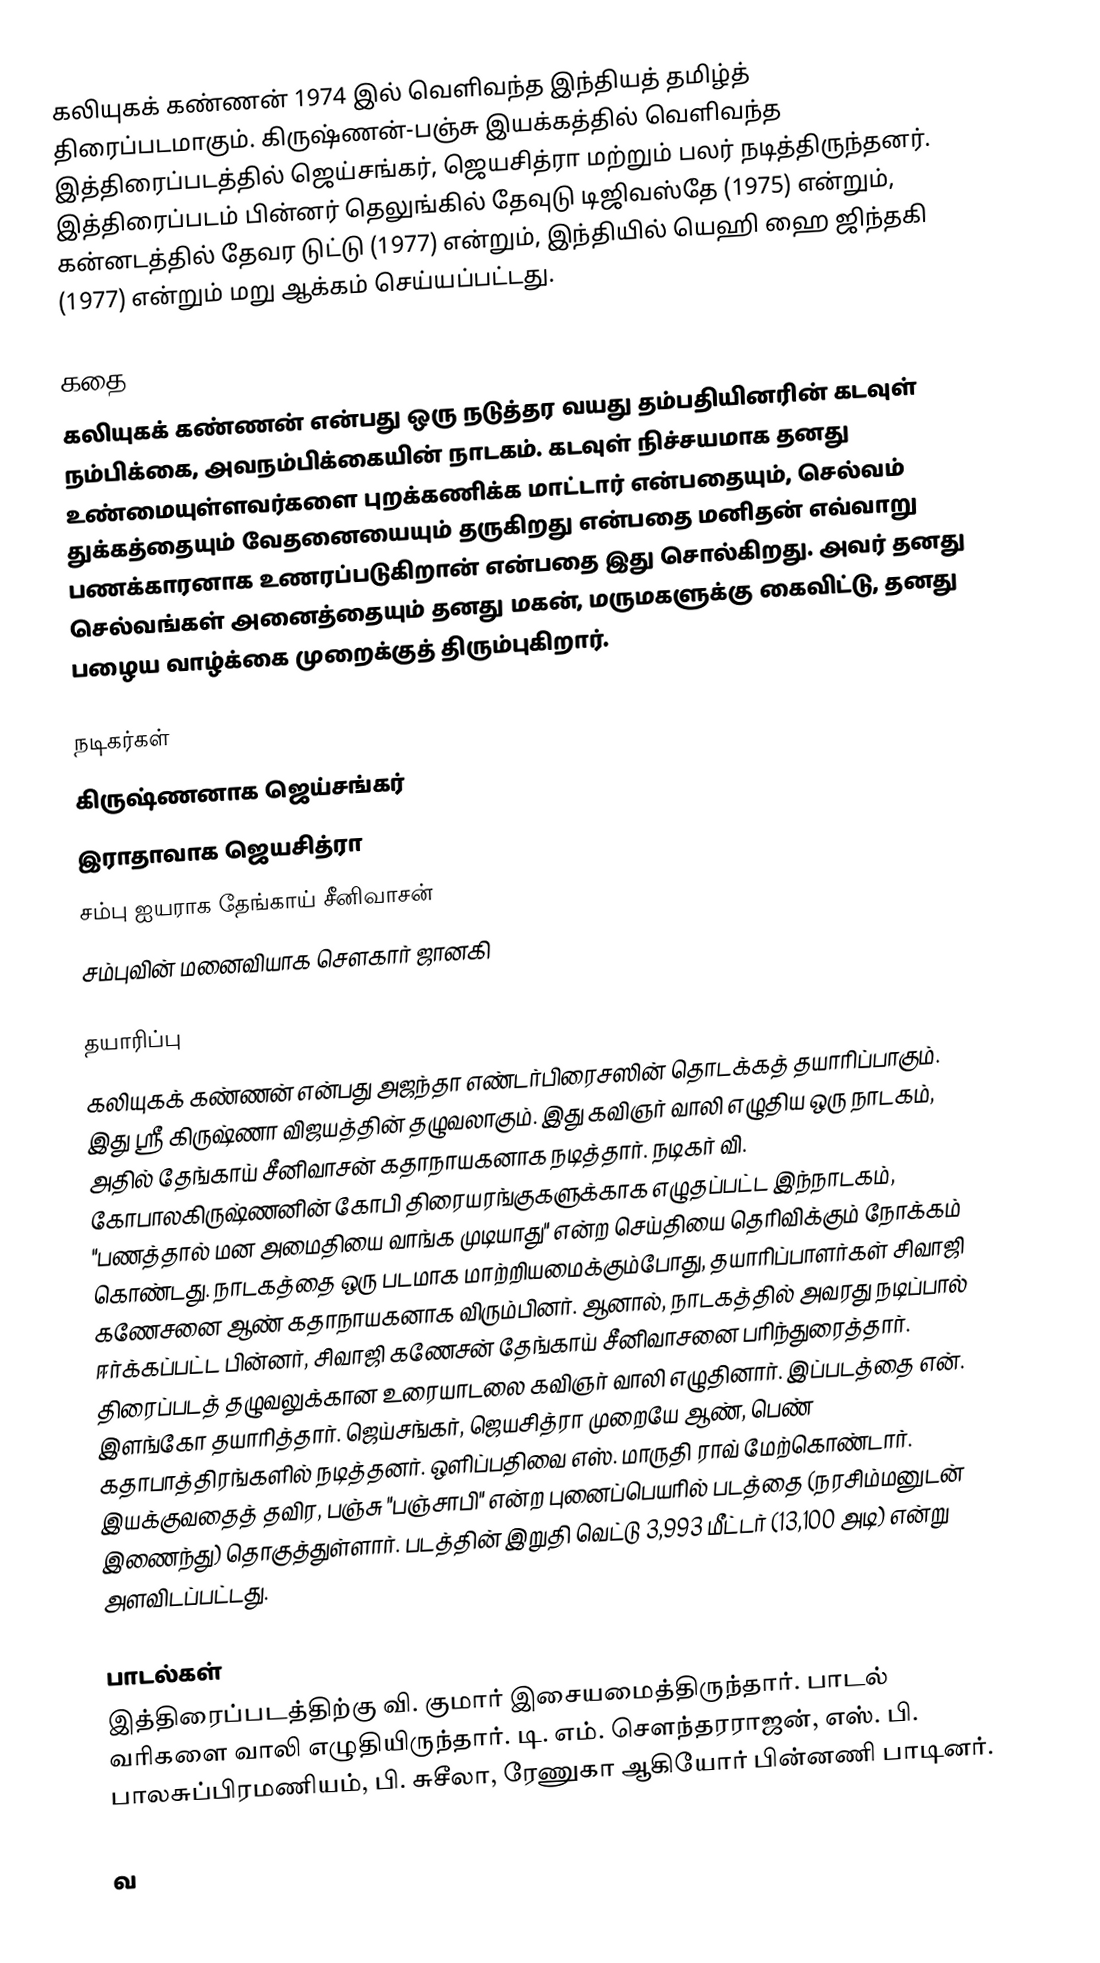
கலியுகக் கண்ணன் 1974 இல் வெளிவந்த இந்தியத் தமிழ்த் திரைப்படமாகும். கிருஷ்ணன்-பஞ்சு இயக்கத்தில் வெளிவந்த இத்திரைப்படத்தில் ஜெய்சங்கர், ஜெயசித்ரா மற்றும் பலர் நடித்திருந்தனர். இத்திரைப்படம் பின்னர்  தெலுங்கில் தேவுடு டிஜிவஸ்தே (1975) என்றும், கன்னடத்தில் தேவர டுட்டு (1977) என்றும், இந்தியில் யெஹி ஹை ஜிந்தகி (1977)  என்றும் மறு ஆக்கம் செய்யப்பட்டது.

கதை
கலியுகக் கண்ணன் என்பது ஒரு நடுத்தர வயது தம்பதியினரின் கடவுள் நம்பிக்கை, அவநம்பிக்கையின் நாடகம். கடவுள் நிச்சயமாக தனது உண்மையுள்ளவர்களை புறக்கணிக்க மாட்டார் என்பதையும், செல்வம் துக்கத்தையும் வேதனையையும் தருகிறது என்பதை மனிதன் எவ்வாறு பணக்காரனாக உணரப்படுகிறான் என்பதை இது சொல்கிறது. அவர் தனது செல்வங்கள் அனைத்தையும் தனது மகன், மருமகளுக்கு கைவிட்டு, தனது பழைய வாழ்க்கை முறைக்குத் திரும்புகிறார்.

நடிகர்கள்
 கிருஷ்ணனாக ஜெய்சங்கர்
 இராதாவாக ஜெயசித்ரா
 சம்பு ஐயராக தேங்காய் சீனிவாசன்
 சம்புவின் மனைவியாக சௌகார் ஜானகி

தயாரிப்பு
கலியுகக் கண்ணன் என்பது அஜந்தா எண்டர்பிரைசஸின் தொடக்கத் தயாரிப்பாகும். இது ஸ்ரீ கிருஷ்ணா விஜயத்தின் தழுவலாகும். இது கவிஞர் வாலி எழுதிய ஒரு நாடகம், அதில் தேங்காய் சீனிவாசன் கதாநாயகனாக நடித்தார். நடிகர் வி. கோபாலகிருஷ்ணனின் கோபி திரையரங்குகளுக்காக எழுதப்பட்ட இந்நாடகம், "பணத்தால் மன அமைதியை வாங்க முடியாது" என்ற செய்தியை தெரிவிக்கும் நோக்கம் கொண்டது. நாடகத்தை ஒரு படமாக மாற்றியமைக்கும்போது, தயாரிப்பாளர்கள் சிவாஜி கணேசனை ஆண் கதாநாயகனாக விரும்பினர். ஆனால், நாடகத்தில் அவரது நடிப்பால் ஈர்க்கப்பட்ட பின்னர்,  சிவாஜி கணேசன் தேங்காய் சீனிவாசனை பரிந்துரைத்தார். திரைப்படத் தழுவலுக்கான உரையாடலை கவிஞர் வாலி எழுதினார். இப்படத்தை என். இளங்கோ தயாரித்தார்.  ஜெய்சங்கர், ஜெயசித்ரா முறையே ஆண், பெண் கதாபாத்திரங்களில் நடித்தனர். ஒளிப்பதிவை எஸ். மாருதி ராவ் மேற்கொண்டார். இயக்குவதைத் தவிர, பஞ்சு "பஞ்சாபி" என்ற புனைப்பெயரில் படத்தை (நரசிம்மனுடன் இணைந்து) தொகுத்துள்ளார். படத்தின் இறுதி வெட்டு 3,993 மீட்டர் (13,100 அடி) என்று அளவிடப்பட்டது.

பாடல்கள்
இத்திரைப்படத்திற்கு வி. குமார் இசையமைத்திருந்தார். பாடல் வரிகளை வாலி எழுதியிருந்தார். டி. எம். சௌந்தரராஜன், எஸ். பி. பாலசுப்பிரமணியம், பி. சுசீலா, ரேணுகா ஆகியோர் பின்னணி பாடினர்.

வ